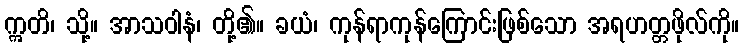
ဣတိ၊ သို့။ အာသဝါနံ၊ တို့၏။ ခယံ၊ ကုန်ရာကုန်ကြောင်းဖြစ်သော အရဟတ္တဖိုလ်ကို။